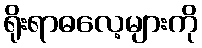
ရိုးရာဓလေ့များကို